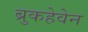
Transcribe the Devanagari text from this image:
ब्रुकहेवेन